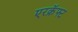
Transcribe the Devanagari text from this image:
एरक्रॅफ्ट